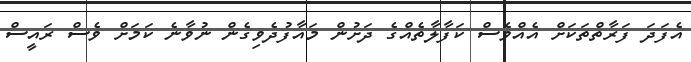
އެފަދަ ފަރާތްތަކަށް އެއްވެސް ކަފާލާތެއްގެ ދަށުން މައާފުދެވިގެން ނުވާނެ ކަމަށް ވެސް ރައީސް